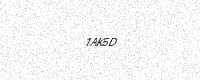
Text: 1AK5D